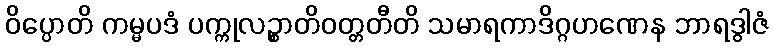
ဝိပ္ပောတိ ကမ္မပဒံ ပက္ကုလဉ္စာတိဝတ္တတီတိ သမာရကာဒိဂ္ဂဟဏေန ဘာရဒွါဇံ